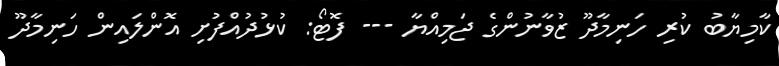
ކާމިޔާބު ކުރި ހަނިމާދޫ ޒުވާނުންގެ ޖަމިއްޔާ --- ފޮޓޯ: ކުޅުދުއްފުށި އޮންލައިން ހަނިމާދޫ